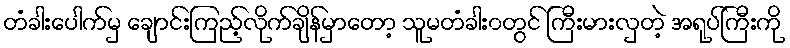
တံခါးပေါက်မှ ချောင်းကြည့်လိုက်ချိန်မှာတော့ သူမတံခါး၀တွင် ကြီးမားလှတဲ့ အရုပ်ကြီးကို